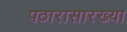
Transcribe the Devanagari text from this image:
पठारासारख्या